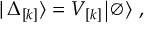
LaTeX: | \, \Delta _ { \lbrack k \rbrack } \rangle = V _ { \lbrack k \rbrack } \, \vline \, \emptyset \rangle ~ ,